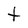
Character: t